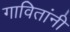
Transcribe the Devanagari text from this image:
गावितांनी